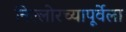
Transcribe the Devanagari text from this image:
निल्लोरच्यापूर्वेला